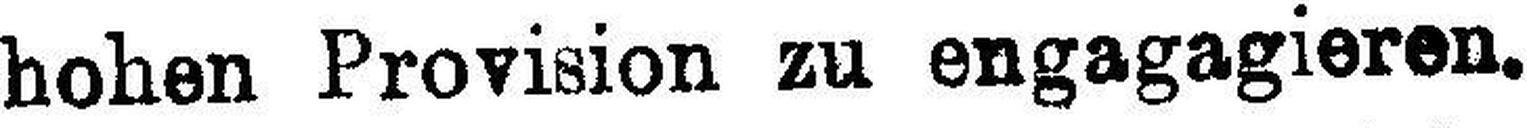
hohen Provision zu engagagieren.